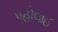
પહોલાઈ